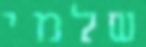
שלמי